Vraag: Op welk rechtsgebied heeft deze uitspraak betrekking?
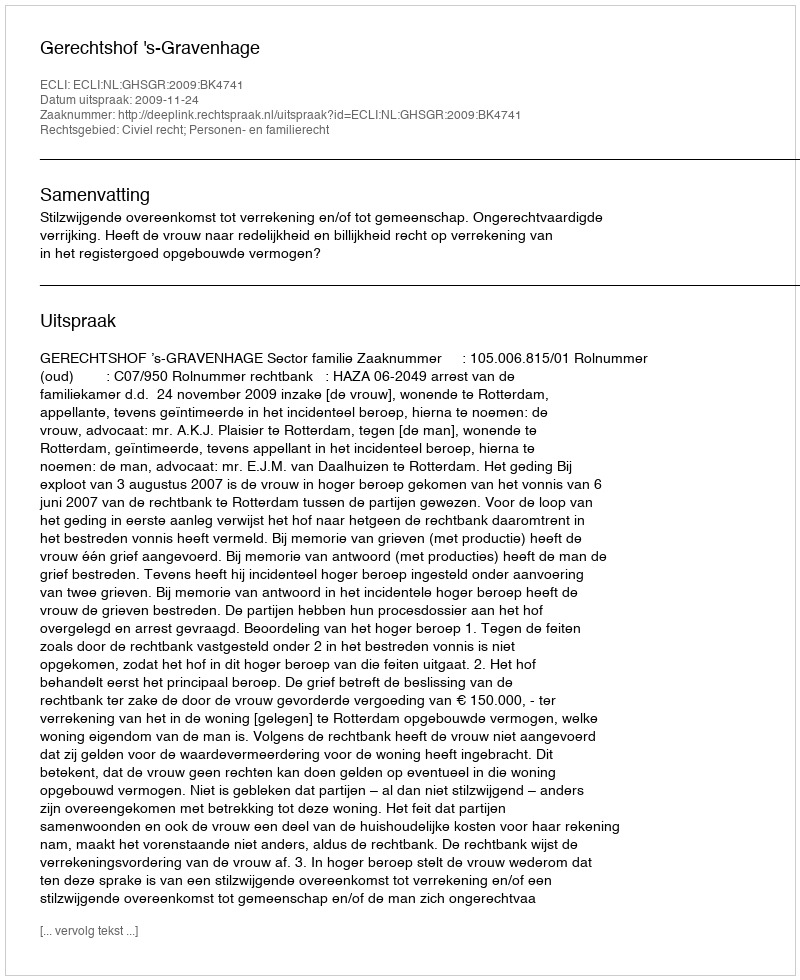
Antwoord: Civiel recht; Personen- en familierecht